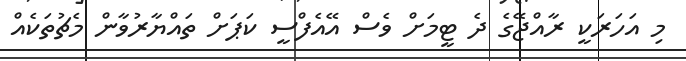
މި އަހަރަކީ ރާއްޖޭގެ ދެ ޓީމަށް ވެސް އޭއެފްސީ ކަޕަށް ތައްޔާރުވާން މެޗުތަކެއް